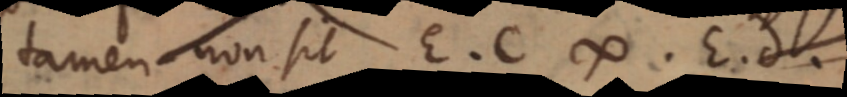
tamen non sit E. C ∞ E. d.